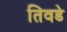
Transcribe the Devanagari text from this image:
तिवडे